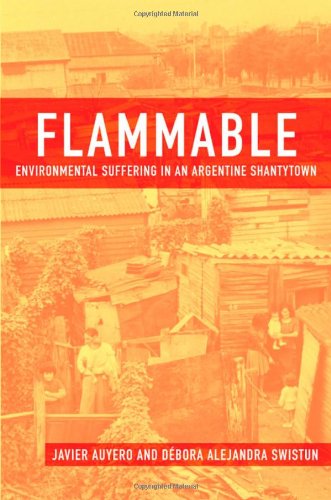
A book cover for Flammable: Environmental Suffering in an Argentine Shantytown; Javier Auyero; Politics & Social Sciences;